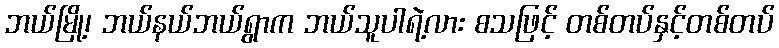
ဘယ်မြို့၊ ဘယ်နယ်ဘယ်ရွာက ဘယ်သူပါရဲ့လား စသဖြင့် တစ်တပ်နှင့်တစ်တပ်